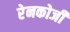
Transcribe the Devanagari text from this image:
रेनकोजी